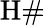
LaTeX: \mathrm{H\# }